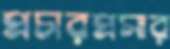
প্রচারপ্রসার